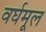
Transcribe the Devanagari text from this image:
वर्घमूल